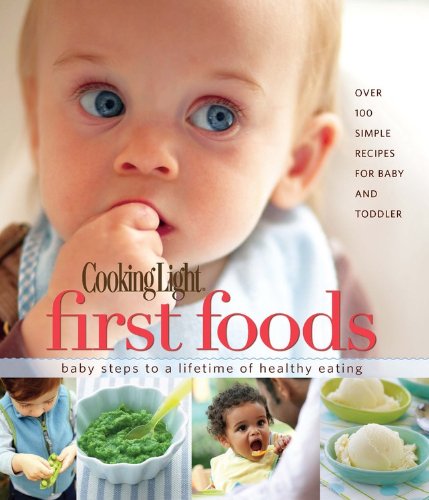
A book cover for Cooking Light First Foods: Baby Steps to a Lifetime of Healthy Eating; Editors of Cooking Light Magazine; Cookbooks, Food & Wine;